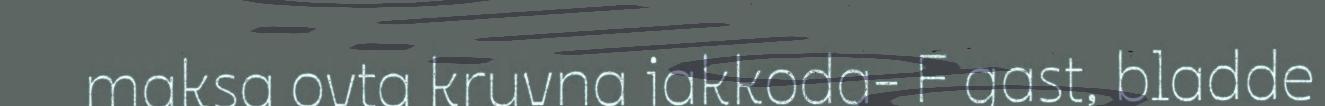
maksa ovta kruvna jakkoda- F gast, bladde